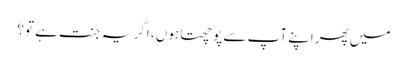
میں پھر اپنے آپ سے پوچھتا ہوں ، اگر یہ جنت ہے تو؟